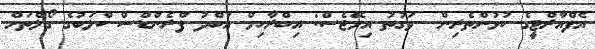
އެފްއާރްޓީގެ ކުޅުންތެރިން  ވަގުތު އިމޭޖެސް: އިބްރާހިމް އަބްދު ފްރެންޑްސް ކްލަބުގެ ގޯލްތަށް